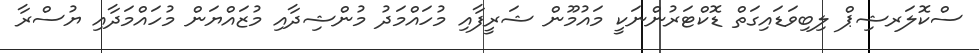
ސްކޮލަރޝިޕް ލިބިވަޑައިގަތް ޑޮކްޓަރުންނަކީ މައުމޫން ޝަރީފާއި މުހައްމަދު މުންޝިދާއި މުޒައްޔަން މުހައްމަދާއި ޔުސްރާ